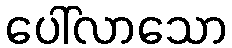
ပေါ်လာသော